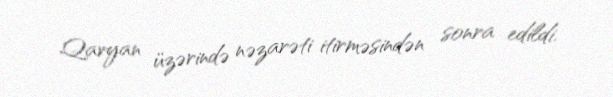
Qaryan üzərində nəzarəti itirməsindən sonra edildi.